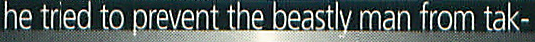
he tried to prevent the beastly man from tak-